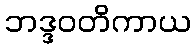
ဘဒ္ဒဝတိကာယ